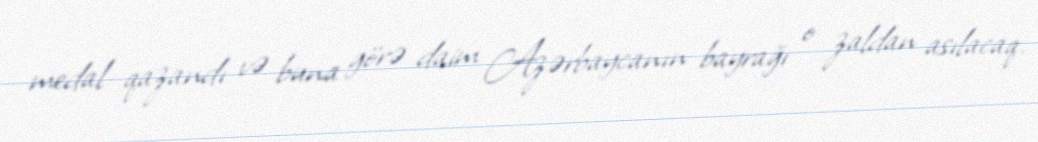
medal qazandı və buna görə daim Azərbaycanın bayrağı o zaldan asılacaq.